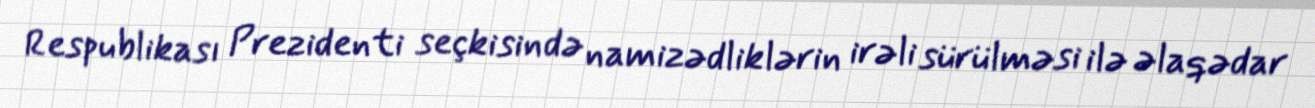
Respublikası Prezidenti seçkisində namizədliklərin irəli sürülməsi ilə əlaqədar